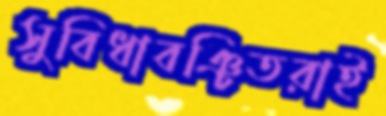
সুবিধাবঞ্চিতরাই